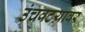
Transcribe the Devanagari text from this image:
उंचवटय़ावर